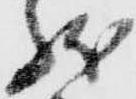
状